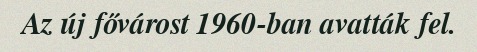
Az új fővárost 1960-ban avatták fel.